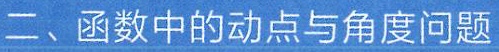
二、函数中的动点与角度问题